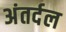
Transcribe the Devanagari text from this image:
अंतर्दल